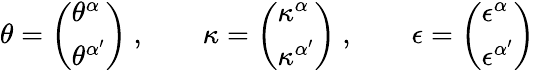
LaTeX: \theta=\left(\begin{array}{l}{{\theta^{\alpha}}}\\ {{\theta^{\alpha^{\prime}}}}\end{array}\right)\ ,\qquad\kappa=\left(\begin{array}{l}{{\kappa^{\alpha}}}\\ {{\kappa^{\alpha^{\prime}}}}\end{array}\right)\ ,\qquad\epsilon=\left(\begin{array}{l}{{\epsilon^{\alpha}}}\\ {{\epsilon^{\alpha^{\prime}}}}\end{array}\right)